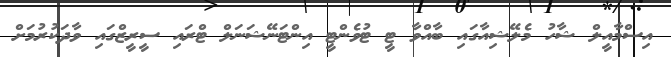
އިސްމާއީލް ޝާހު މެލޭޝިއާގައި ބާއްވާ ޓީ ޓުވެންޓީ އިންޓަނޭޝަނަލް ޓްރައި ސީރީޒްގައި ވާދަކުރުމަށް